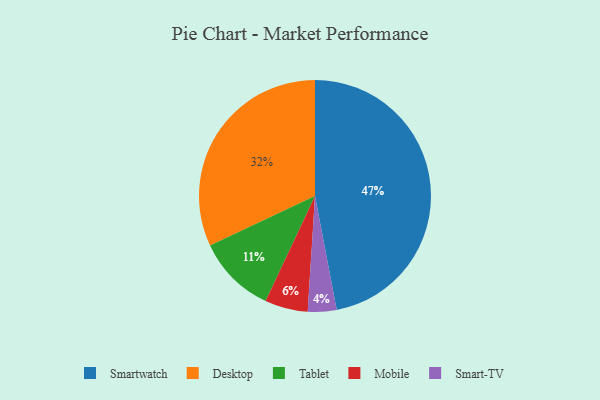
{"axis": {"x": "Category", "y": "Percentage"}, "legend": ["Desktop", "Mobile", "Smart-TV", "Smartwatch", "Tablet"], "data": [{"x": "Tablet", "y": 11, "type": "Tablet"}, {"x": "Smartwatch", "y": 47, "type": "Smartwatch"}, {"x": "Smart-TV", "y": 4, "type": "Smart-TV"}, {"x": "Desktop", "y": 32, "type": "Desktop"}, {"x": "Mobile", "y": 6, "type": "Mobile"}]}